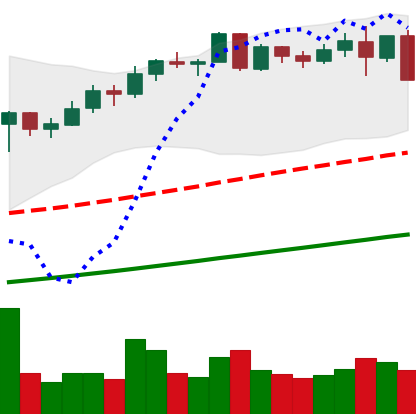
Ticker: BNB-USD
Chart end date: 2021-05-12
Forward return: -12.959%
Label: down_7plus